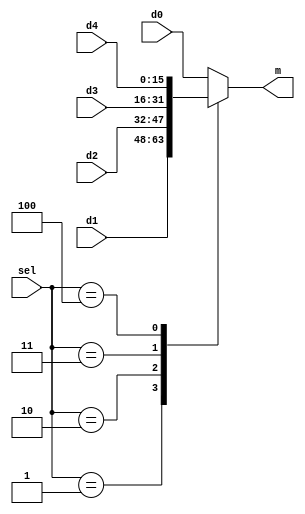
module MUX5_1 (d0, d1, d2, d3, d4, sel, m );
input [15:0] d0, d1, d2, d3, d4;
input  [2:0] sel;
output reg [15:0] m;

always@(*)
case ( sel )

	0: m = d0;
	1: m = d1;
	2: m = d2;
	3: m = d3;
	4: m = d4;

	default: m = d0;

endcase
endmodule